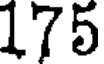
175